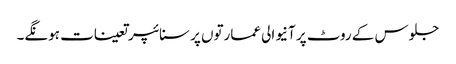
جلوس کے روٹ پر آنیوالی عمارتوں پر سنائپر تعینات ہونگے۔